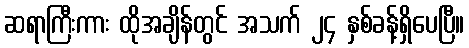
ဆရာကြီးကား ထိုအချိန်တွင် အသက် ၂၄ နှစ်ခန့်ရှိပေပြီ။